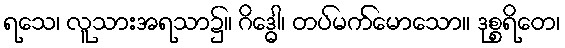
ရသေ၊ လူသားအရသာ၌။ ဂိဒ္ဓေါ၊ တပ်မက်မောသော။ ဒုစ္စရိတေ၊